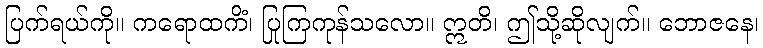
ပြက်ရယ်ကို။ ကရောထကိံ၊ ပြုကြကုန်သလော။ ဣတိ၊ ဤသို့ဆိုလျက်။ ဘောဇနေ၊